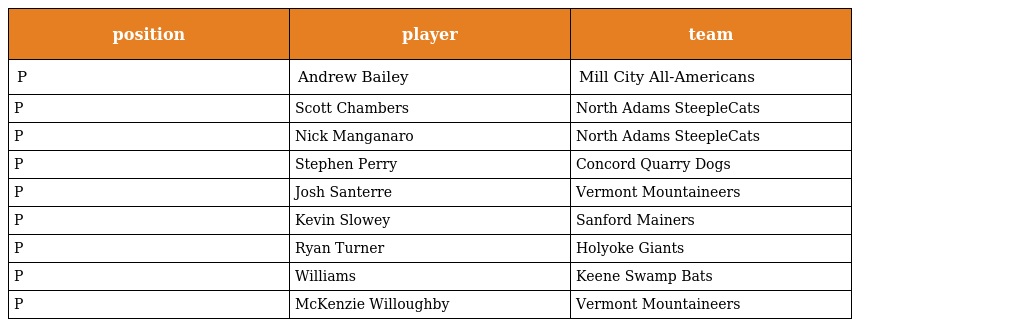
| position | player | team |
 | --- | --- | --- |
 | P | Andrew Bailey | Mill City All-Americans |
 | P | Scott Chambers | North Adams SteepleCats |
 | P | Nick Manganaro | North Adams SteepleCats |
 | P | Stephen Perry | Concord Quarry Dogs |
 | P | Josh Santerre | Vermont Mountaineers |
 | P | Kevin Slowey | Sanford Mainers |
 | P | Ryan Turner | Holyoke Giants |
 | P | Williams | Keene Swamp Bats |
 | P | McKenzie Willoughby | Vermont Mountaineers |